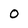
Character: 0